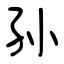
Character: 孙